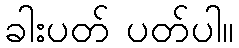
ခါးပတ် ပတ်ပါ။